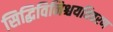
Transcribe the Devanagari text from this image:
सिद्धिविनिश्चयविवरण